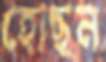
হোছন